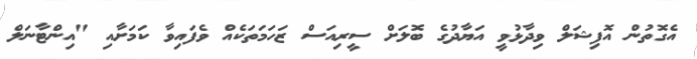
އެގޮތުން އޮފިޝަލް ވިދާޅުވީ އަޔާދުގެ ބޮލަށް ސީރިއަސް ޒަހަމަތަކެއް ވެފައިވާ ކަމަށާއި "އިންޓާނަލް